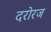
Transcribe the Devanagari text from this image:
दरोरज